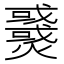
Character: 𤒓